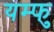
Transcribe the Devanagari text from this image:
यम्फु